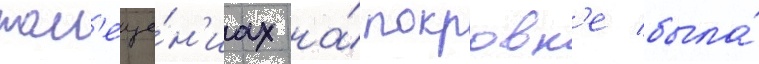
пом'еще́н'иах на́ покровк'е была́